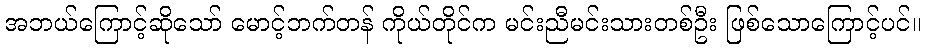
အဘယ်ကြောင့်ဆိုသော် မောင့်ဘက်တန် ကိုယ်တိုင်က မင်းညီမင်းသားတစ်ဦး ဖြစ်သောကြောင့်ပင်။